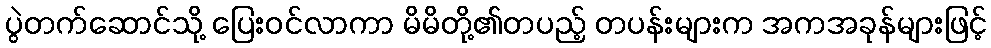
ပွဲတက်ဆောင်သို့ ပြေးဝင်လာကာ မိမိတို့၏တပည့် တပန်းများက အကအခုန်များဖြင့်